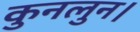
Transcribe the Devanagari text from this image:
कुनलुन।